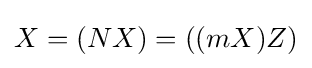
X=(NX)=((mX)Z)